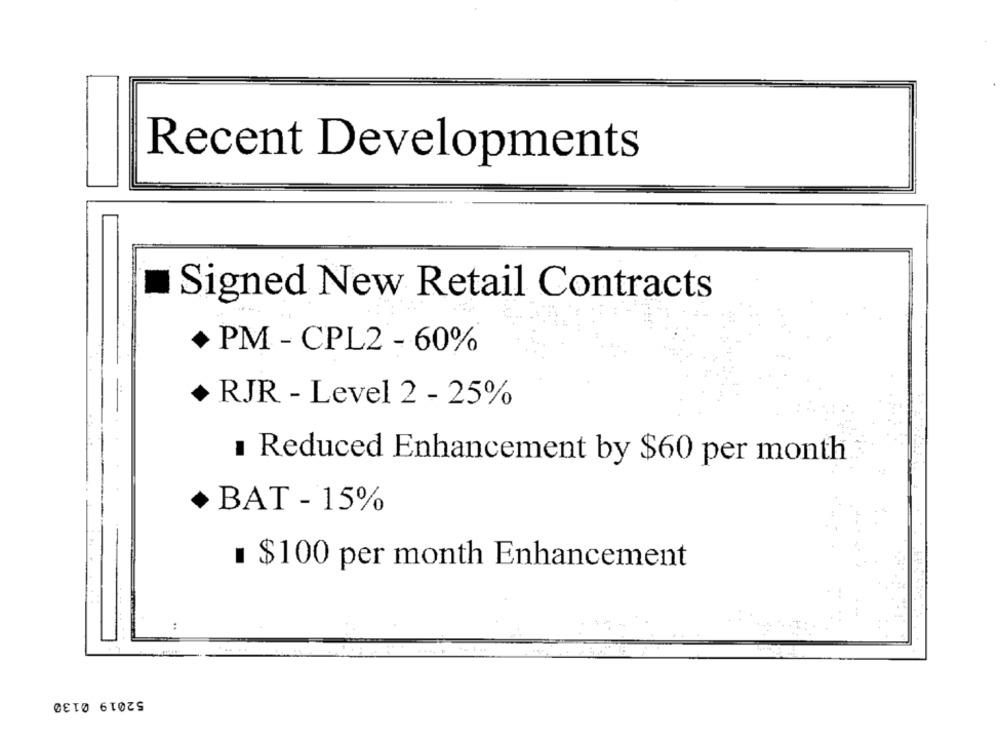
Recent Developments
Signed New Retail Contracts
PM - CPL2 - 60%
RJR - Level 2 - 25%
Reduced Enhancement by $60 per month
BAT - 15%
$100 per month Enhancement
...
...
52019 0130